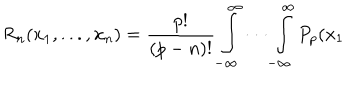
LaTeX: R _ { n } ( x _ { 1 } , . . . , x _ { n } ) = \frac { p ! } { \left( p - n \right) ! } \int _ { - \infty } ^ { \infty } \cdot \cdot \cdot \int _ { - \infty } ^ { \infty } P _ { p } ( x _ { 1 }